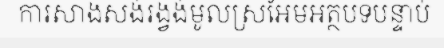
ការសាងសង់រង្វង់មូលស្រអែមអត្ថបទបន្ទាប់